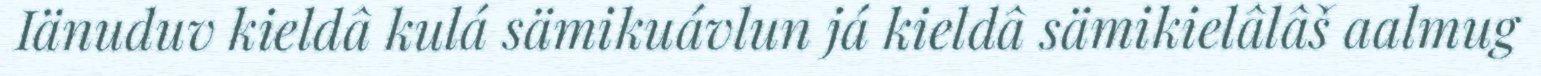
Iänuduv kieldâ kulá sämikuávlun já kieldâ sämikielâlâš aalmug